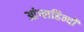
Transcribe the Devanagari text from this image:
आंग्लहिन्दी